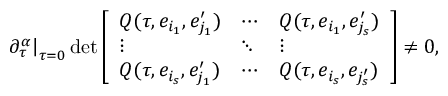
\left. \partial _ { \tau } ^ { \alpha } \right| _ { \tau = 0 } \operatorname* { d e t } \left[ \begin{array} { l l l } { Q ( \tau , e _ { i _ { 1 } } , e _ { j _ { 1 } } ^ { \prime } ) } & { \cdots } & { Q ( \tau , e _ { i _ { 1 } } , e _ { j _ { s } } ^ { \prime } ) } \\ { \vdots } & { \ddots } & { \vdots } \\ { Q ( \tau , e _ { i _ { s } } , e _ { j _ { 1 } } ^ { \prime } ) } & { \cdots } & { Q ( \tau , e _ { i _ { s } } , e _ { j _ { s } ^ { \prime } } ) } \end{array} \right] \neq 0 ,